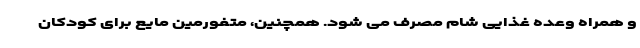
و همراه وعده غذایی شام مصرف می شود. همچنین، متفورمین مایع برای کودکان